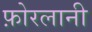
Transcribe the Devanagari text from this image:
फ़ोरलानी